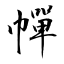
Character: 幝